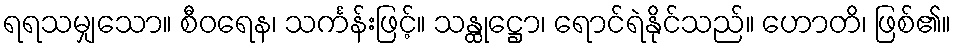
ရရသမျှသော။ စီဝရေန၊ သင်္ကန်းဖြင့်။ သန္ထုဋ္ဌော၊ ရောင်ရဲနိုင်သည်။ ဟောတိ၊ ဖြစ်၏။